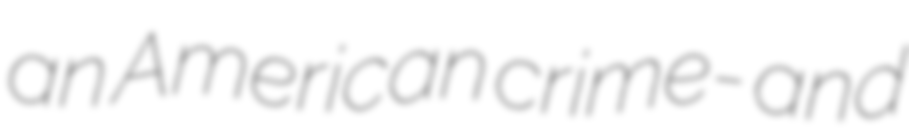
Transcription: an American crime- and